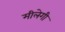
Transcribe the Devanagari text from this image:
मीलेगी